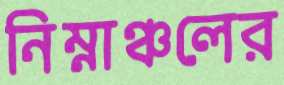
নিম্নাঞ্চলের